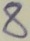
Text: 8